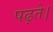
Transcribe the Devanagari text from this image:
पढ़ते।